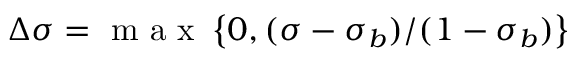
\Delta \sigma = \mathrm { ~ m ~ a ~ x ~ } \left\{ 0 , ( \sigma - \sigma _ { b } ) / ( 1 - \sigma _ { b } ) \right\}